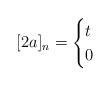
LaTeX: \begin{align*}[2a]_n = \begin{cases} t & \\ 0 & \end{cases}\end{align*}